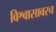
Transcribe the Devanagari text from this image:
विश्वासावरच